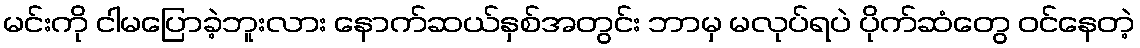
မင်းကို ငါမပြောခဲ့ဘူးလား နောက်ဆယ်နှစ်အတွင်း ဘာမှ မလုပ်ရပဲ ပိုက်ဆံတွေ ဝင်နေတဲ့